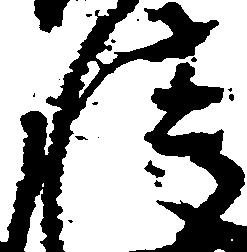
情